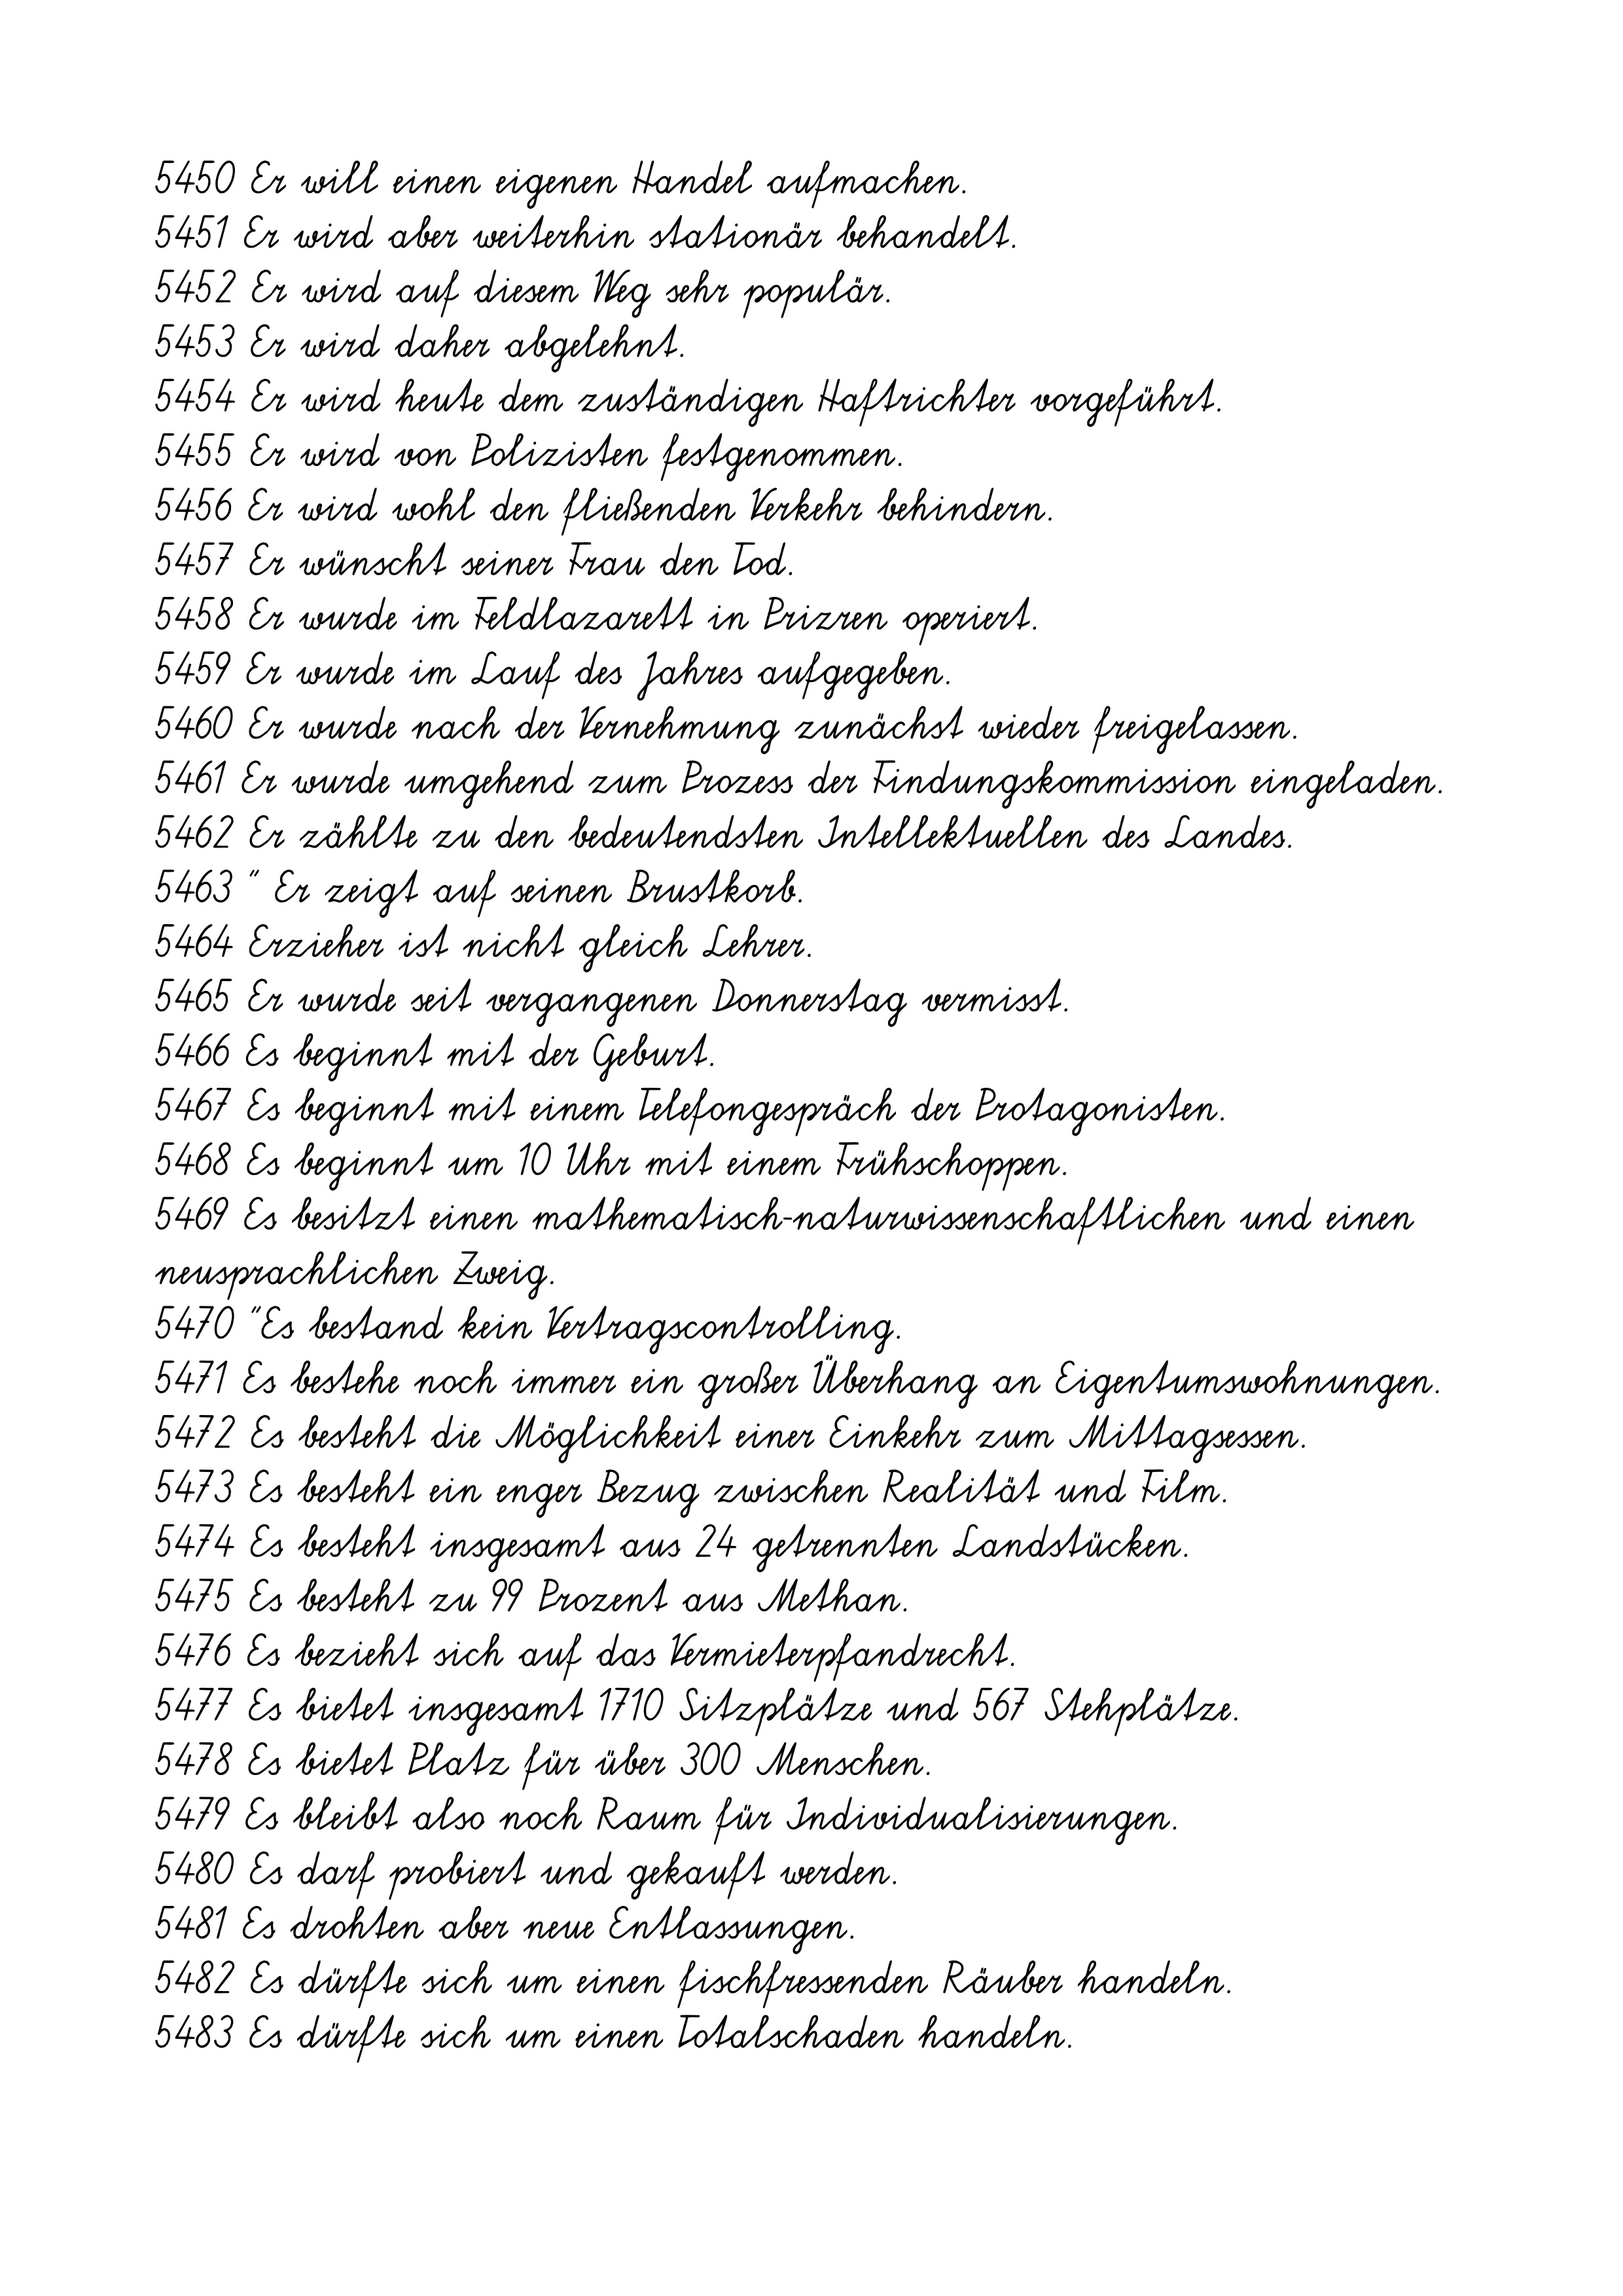
5450 Er will einen eigenen Handel aufmachen.
5451 Er wird aber weiterhin stationär behandelt.
5452 Er wird auf diesem Weg sehr populär.
5453 Er wird daher abgelehnt.
5454 Er wird heute dem zuständigen Haftrichter vorgeführt.
5455 Er wird von Polizisten festgenommen.
5456 Er wird wohl den fließenden Verkehr behindern.
5457 Er wünscht seiner Frau den Tod.
5458 Er wurde im Feldlazarett in Prizren operiert.
5459 Er wurde im Lauf des Jahres aufgegeben.
5460 Er wurde nach der Vernehmung zunächst wieder freigelassen.
5461 Er wurde umgehend zum Prozess der Findungskommission eingeladen.
5462 Er zählte zu den bedeutendsten Intellektuellen des Landes.
5463 " Er zeigt auf seinen Brustkorb.
5464 Erzieher ist nicht gleich Lehrer.
5465 Er wurde seit vergangenen Donnerstag vermisst.
5466 Es beginnt mit der Geburt.
5467 Es beginnt mit einem Telefongespräch der Protagonisten.
5468 Es beginnt um 10 Uhr mit einem Frühschoppen.
5469 Es besitzt einen mathematisch-naturwissenschaftlichen und einen
neusprachlichen Zweig.
5470 "Es bestand kein Vertragscontrolling.
5471 Es bestehe noch immer ein großer Überhang an Eigentumswohnungen.
5472 Es besteht die Möglichkeit einer Einkehr zum Mittagsessen.
5473 Es besteht ein enger Bezug zwischen Realität und Film.
5474 Es besteht insgesamt aus 24 getrennten Landstücken.
5475 Es besteht zu 99 Prozent aus Methan.
5476 Es bezieht sich auf das Vermieterpfandrecht.
5477 Es bietet insgesamt 1710 Sitzplätze und 567 Stehplätze.
5478 Es bietet Platz für über 300 Menschen.
5479 Es bleibt also noch Raum für Individualisierungen.
5480 Es darf probiert und gekauft werden.
5481 Es drohten aber neue Entlassungen.
5482 Es dürfte sich um einen fischfressenden Räuber handeln.
5483 Es dürfte sich um einen Totalschaden handeln.